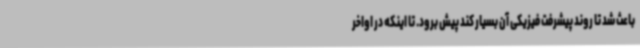
باعث شد تا روند پیشرفت فیزیکی آن بسیار کند پیش برود. تا اینکه در اواخر